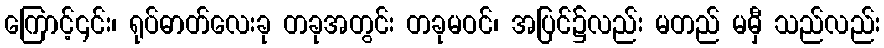
ကြောင့်၎င်း၊ ရုပ်ဓာတ်လေးခု တခုအတွင်း တခုမဝင်၊ အပြင်၌လည်း မတည် မမှီ သည်လည်း